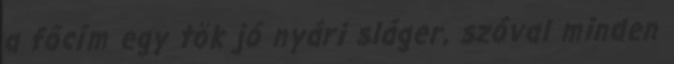
a főcím egy tök jó nyári sláger, szóval minden